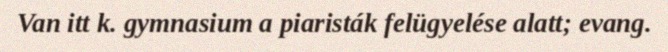
Van itt k. gymnasium a piaristák felügyelése alatt; evang.